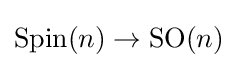
{\mbox{Spin}}(n)\to {\mbox{SO}}(n)